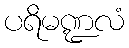
ပရိမဏ္ဍလံ